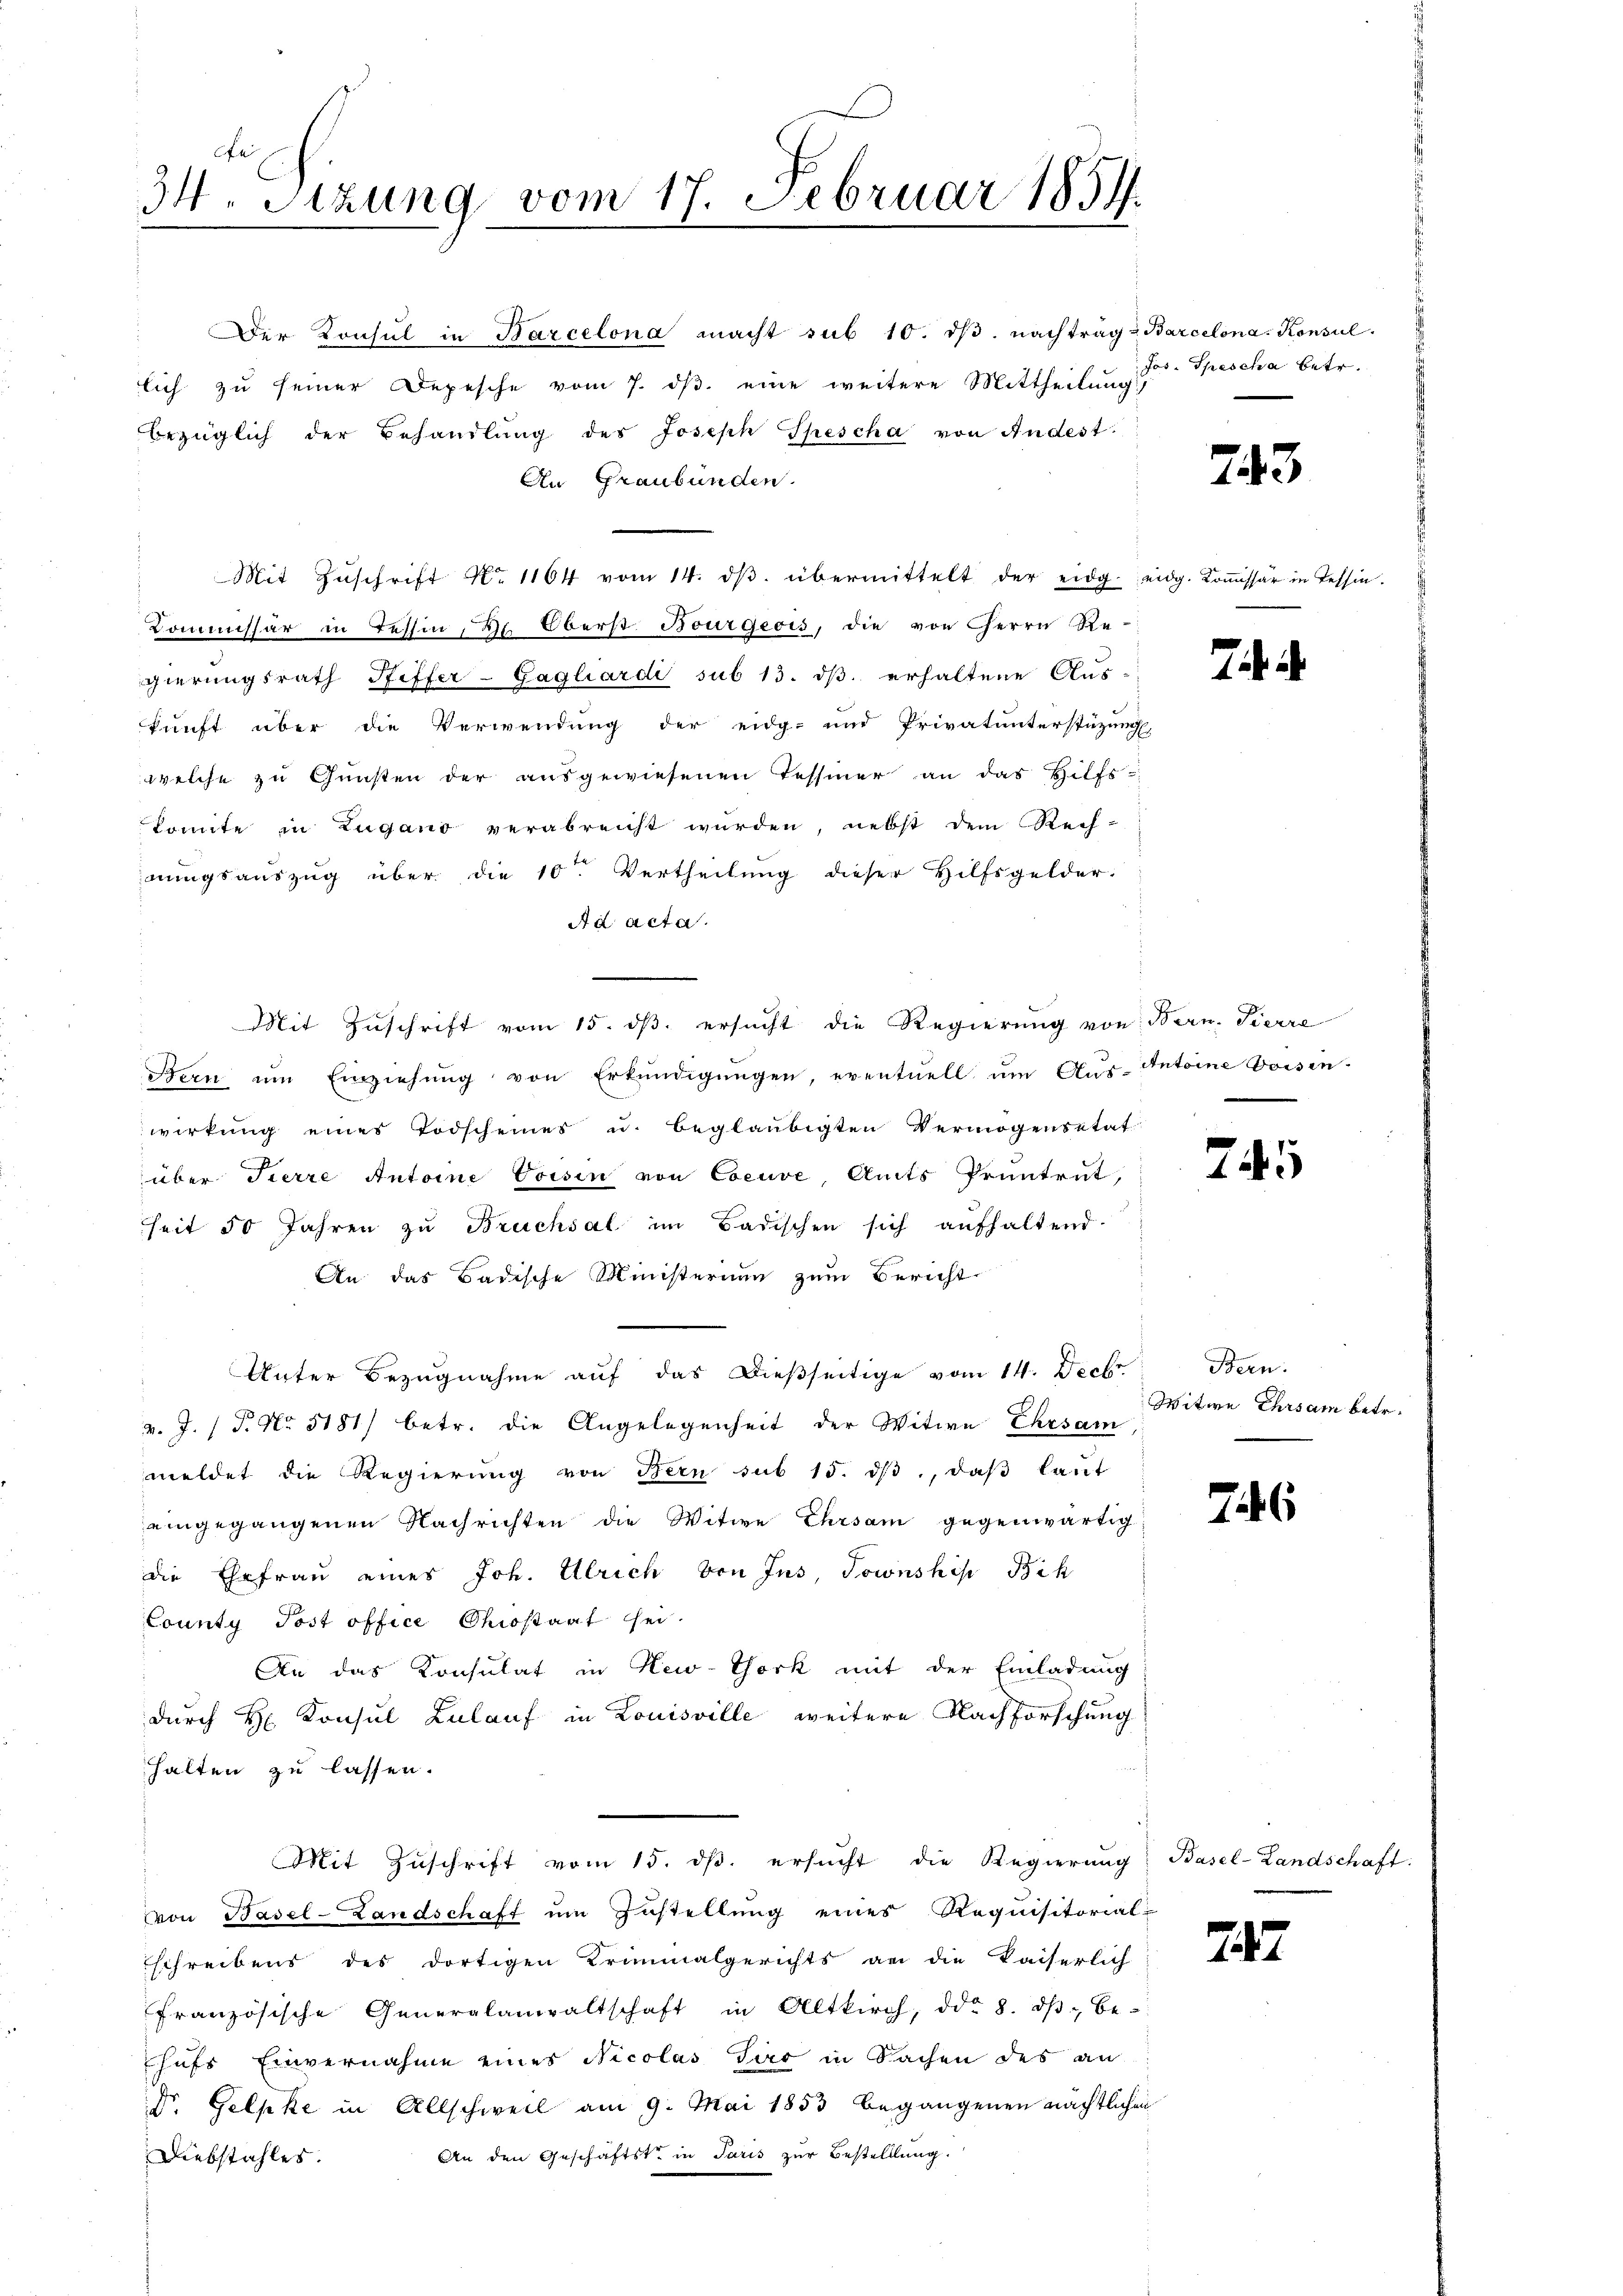
34. Stzung vom 17. Februar 1851.

er Konsul in Barcelona macht sub 10. dβ. nachtrag: Barcelona. Konsul
lich zu seiner Depesche vom 7. dβ eine weitere Mittheilung
bezüglich der Behandlŭng des Joseph Spescha von Andest.
An Graubünden.
Mit Zŭschrift Nr. 1164 vom 14. dβ übermittelt der eidg. eidg. Koṁissär in Tessin.
Kommissär in Tessin, Dr. Oberst Bourgeois, die von Herrn Regierungsrath Pfiffer-Gagliardi sub 13. dβ. erhaltene Aus-
kunft über die Verwendung der eidg. und Privatunterstüzungs
welche zŭ Gŭnsten der aŭsgewiesenen Tessiner an das Hilfs-
konnte in Zugano verabreicht wurden, nebst dem Rech-
nungsauszug über die 10ten Vertheilung dieser Hilfsgelder.
Ad acta.
Mit Zuschrift vom 15. ds. ersucht die Regierung von Bern. Pierre
Bern ŭm Einziehŭng von Erkŭndigŭngen, eventuell ŭm Aŭs-Antoine Bossin.
wirkung eines Todscheines u. beglaubigten Vermögensetat
über Tierre Antoine Voisin von Coeuve, Amts Pruntrut,
seit 50 Jahren zu Bruchsal im Badischen sich aufhaltend.
An das Badische Ministerium zum Bericht
Unter Bezugnahme aŭf das dießseitige vom 14. Decbr. Bern:
v. J. (T. No. 5181) betr. die Angelegenheit der Witwe Ehrsam
meldet die Regierŭng von Bern sub 15. dβ, daβ laŭt
eingegangenen Nachrichten die Witwe Ehrsam gegenwärtig
die Ehefrau eines Joh. Ulrich von Jns, Township Bih
County Post office Ohiostaat sei.
An das Konsulat in New-York mit der Einladung
durch Hr. Konsul Zulauf in Louisville weitere Nachforschung
halten zu lassen.
Mit Zuschrift vom 15. ds. ersucht die Regierung
von Basel-Landschaft um Zustellung eines Requisitorial-
schreibens des dortigen Kriminalgerichts an die kaiserlich
französische Generalanwaltschaft in Altkirch, dd. 8. dβ be-
hufs Einvernahme eines Nicolas Gar in Sachen des an
Dr. Gelpke in Allschweil am 9. Mai 1853 begangenen nächtlichen
An den Geschäftste in Paris zur Bestellung.
Diebstahles.

Jos. Spescha betr.

743

7

Witwe Ehrsam betr.

746

Basel-Landschaft:

747